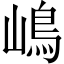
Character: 嶋